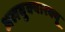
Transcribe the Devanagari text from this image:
अलबुक्यारक्यू